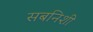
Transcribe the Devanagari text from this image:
सबनिशी